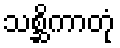
သစ္ဆိကာတုံ